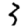
Digit: 3